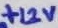
Text: +12V